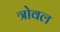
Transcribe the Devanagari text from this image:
त्रोवल